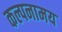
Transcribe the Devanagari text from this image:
कल्पनामय